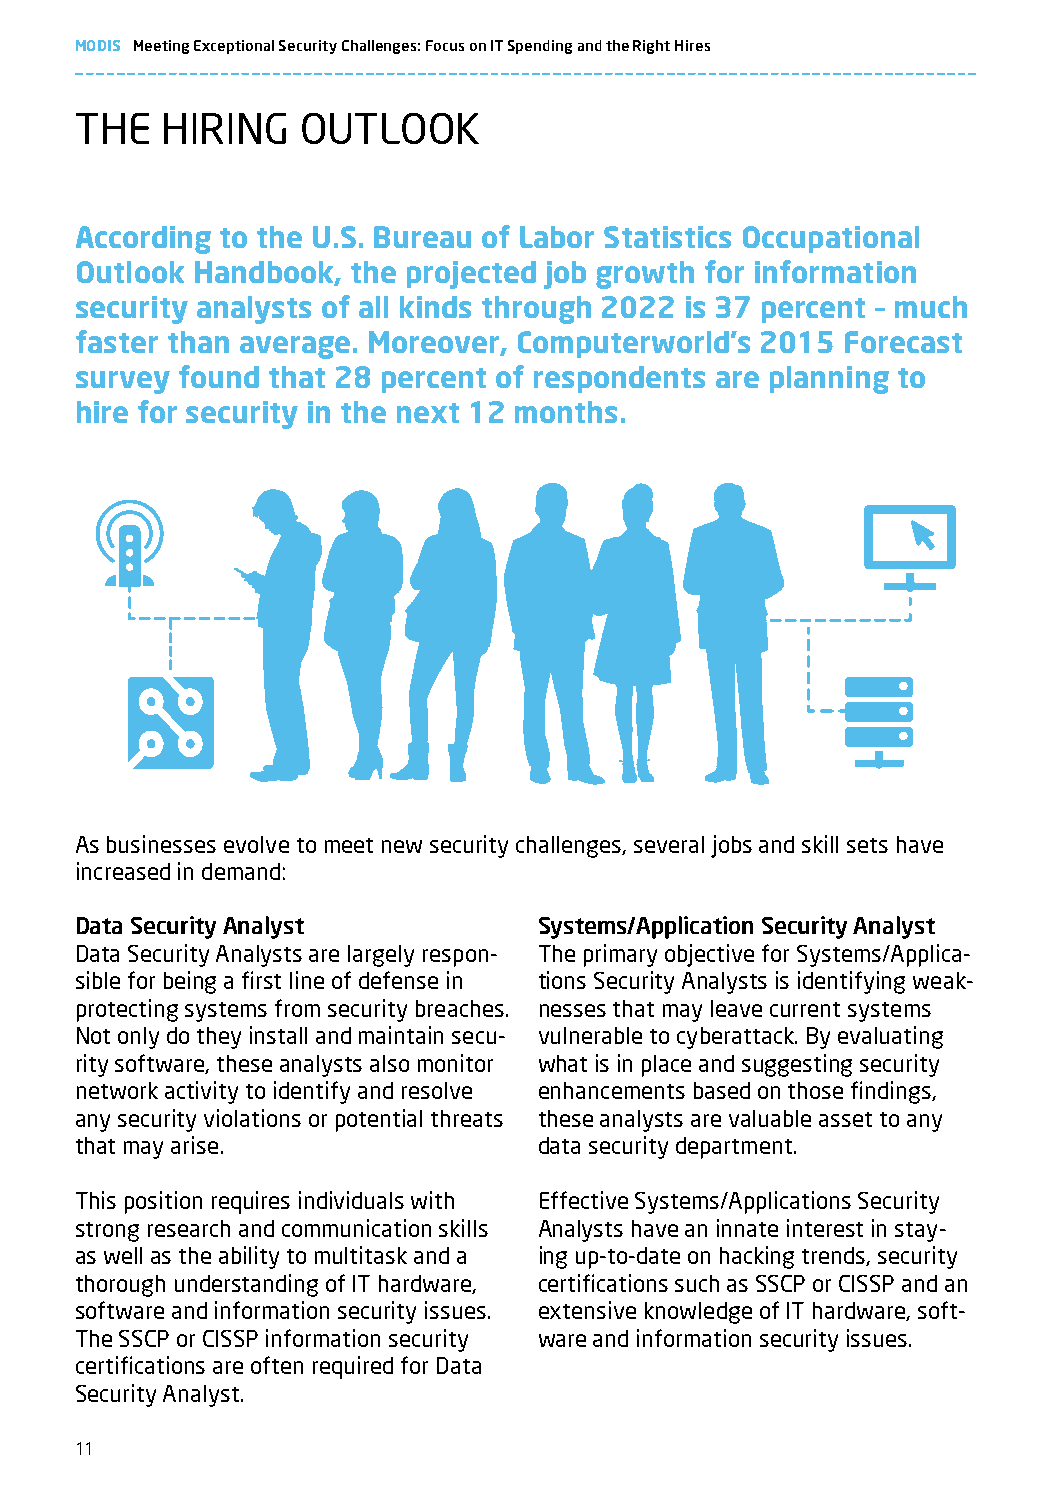
MODIS Meeting Exceptional Security Challenges: Focus on IT Spending and the Right Hires
 THE   HIRING   OUTLOOk
 According to the U.S. Bureau of Labor Statistics Occupational
 Outlook Handbook, the projected job growth for information
 security analysts of all kinds through 2022 is 37 percent – much
 faster than average. Moreover, Computerworld’s 2015 Forecast
 survey found that 28 percent of respondents are planning to
 hire for security in the next 12 months.
 As businesses evolve to meet new security challenges, several jobs and skill sets have
 increased in demand:
 Data Security Analyst          Systems/Application Security Analyst
 Data Security Analysts are largely respon- The primary objective for Systems/Applica-
 sible for being a first line of defense in tions Security Analysts is identifying weak-
 protecting systems from security breaches. nesses that may leave current systems
 Not only do they install and maintain secu- vulnerable to cyberattack. By evaluating
 rity software, these analysts also monitor what is in place and suggesting security
 network activity to identify and resolve enhancements based on those findings,
 any security violations or potential threats these analysts are valuable asset to any
 that may arise.                data security department.
 This position requires individuals with Effective Systems/Applications Security
 strong research and communication skills Analysts have an innate interest in stay-
 as well as the ability to multitask and a ing up-to-date on hacking trends, security
 thorough understanding of IT hardware, certifications such as SSCP or CISSP and an
 software and information security issues. extensive knowledge of IT hardware, soft-
 The SSCP or CISSP information security ware and information security issues.
 certifications are often required for Data
 Security Analyst.
 11